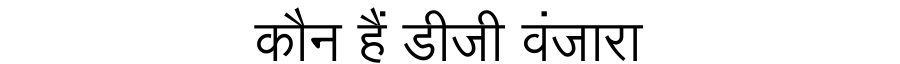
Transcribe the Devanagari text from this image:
कौन हैं डीजी वंजारा